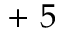
+ ~ 5